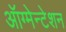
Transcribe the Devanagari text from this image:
ऑग्मेन्टेशन